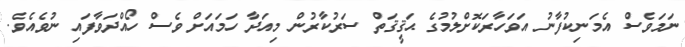
ނަމަވެސް އެމަނިކުފާނު އަވަހާރަކޮށްލުމުގެ ޙަޤީޤަތް ސަރުކާރުން މިއަދާ ހަމައަށް ވެސް ހޯއްދަވާފައި ނުވެއެވެ.